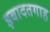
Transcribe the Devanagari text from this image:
इबादतगाह